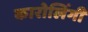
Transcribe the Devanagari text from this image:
कारोलिंगी